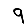
Digit: 9